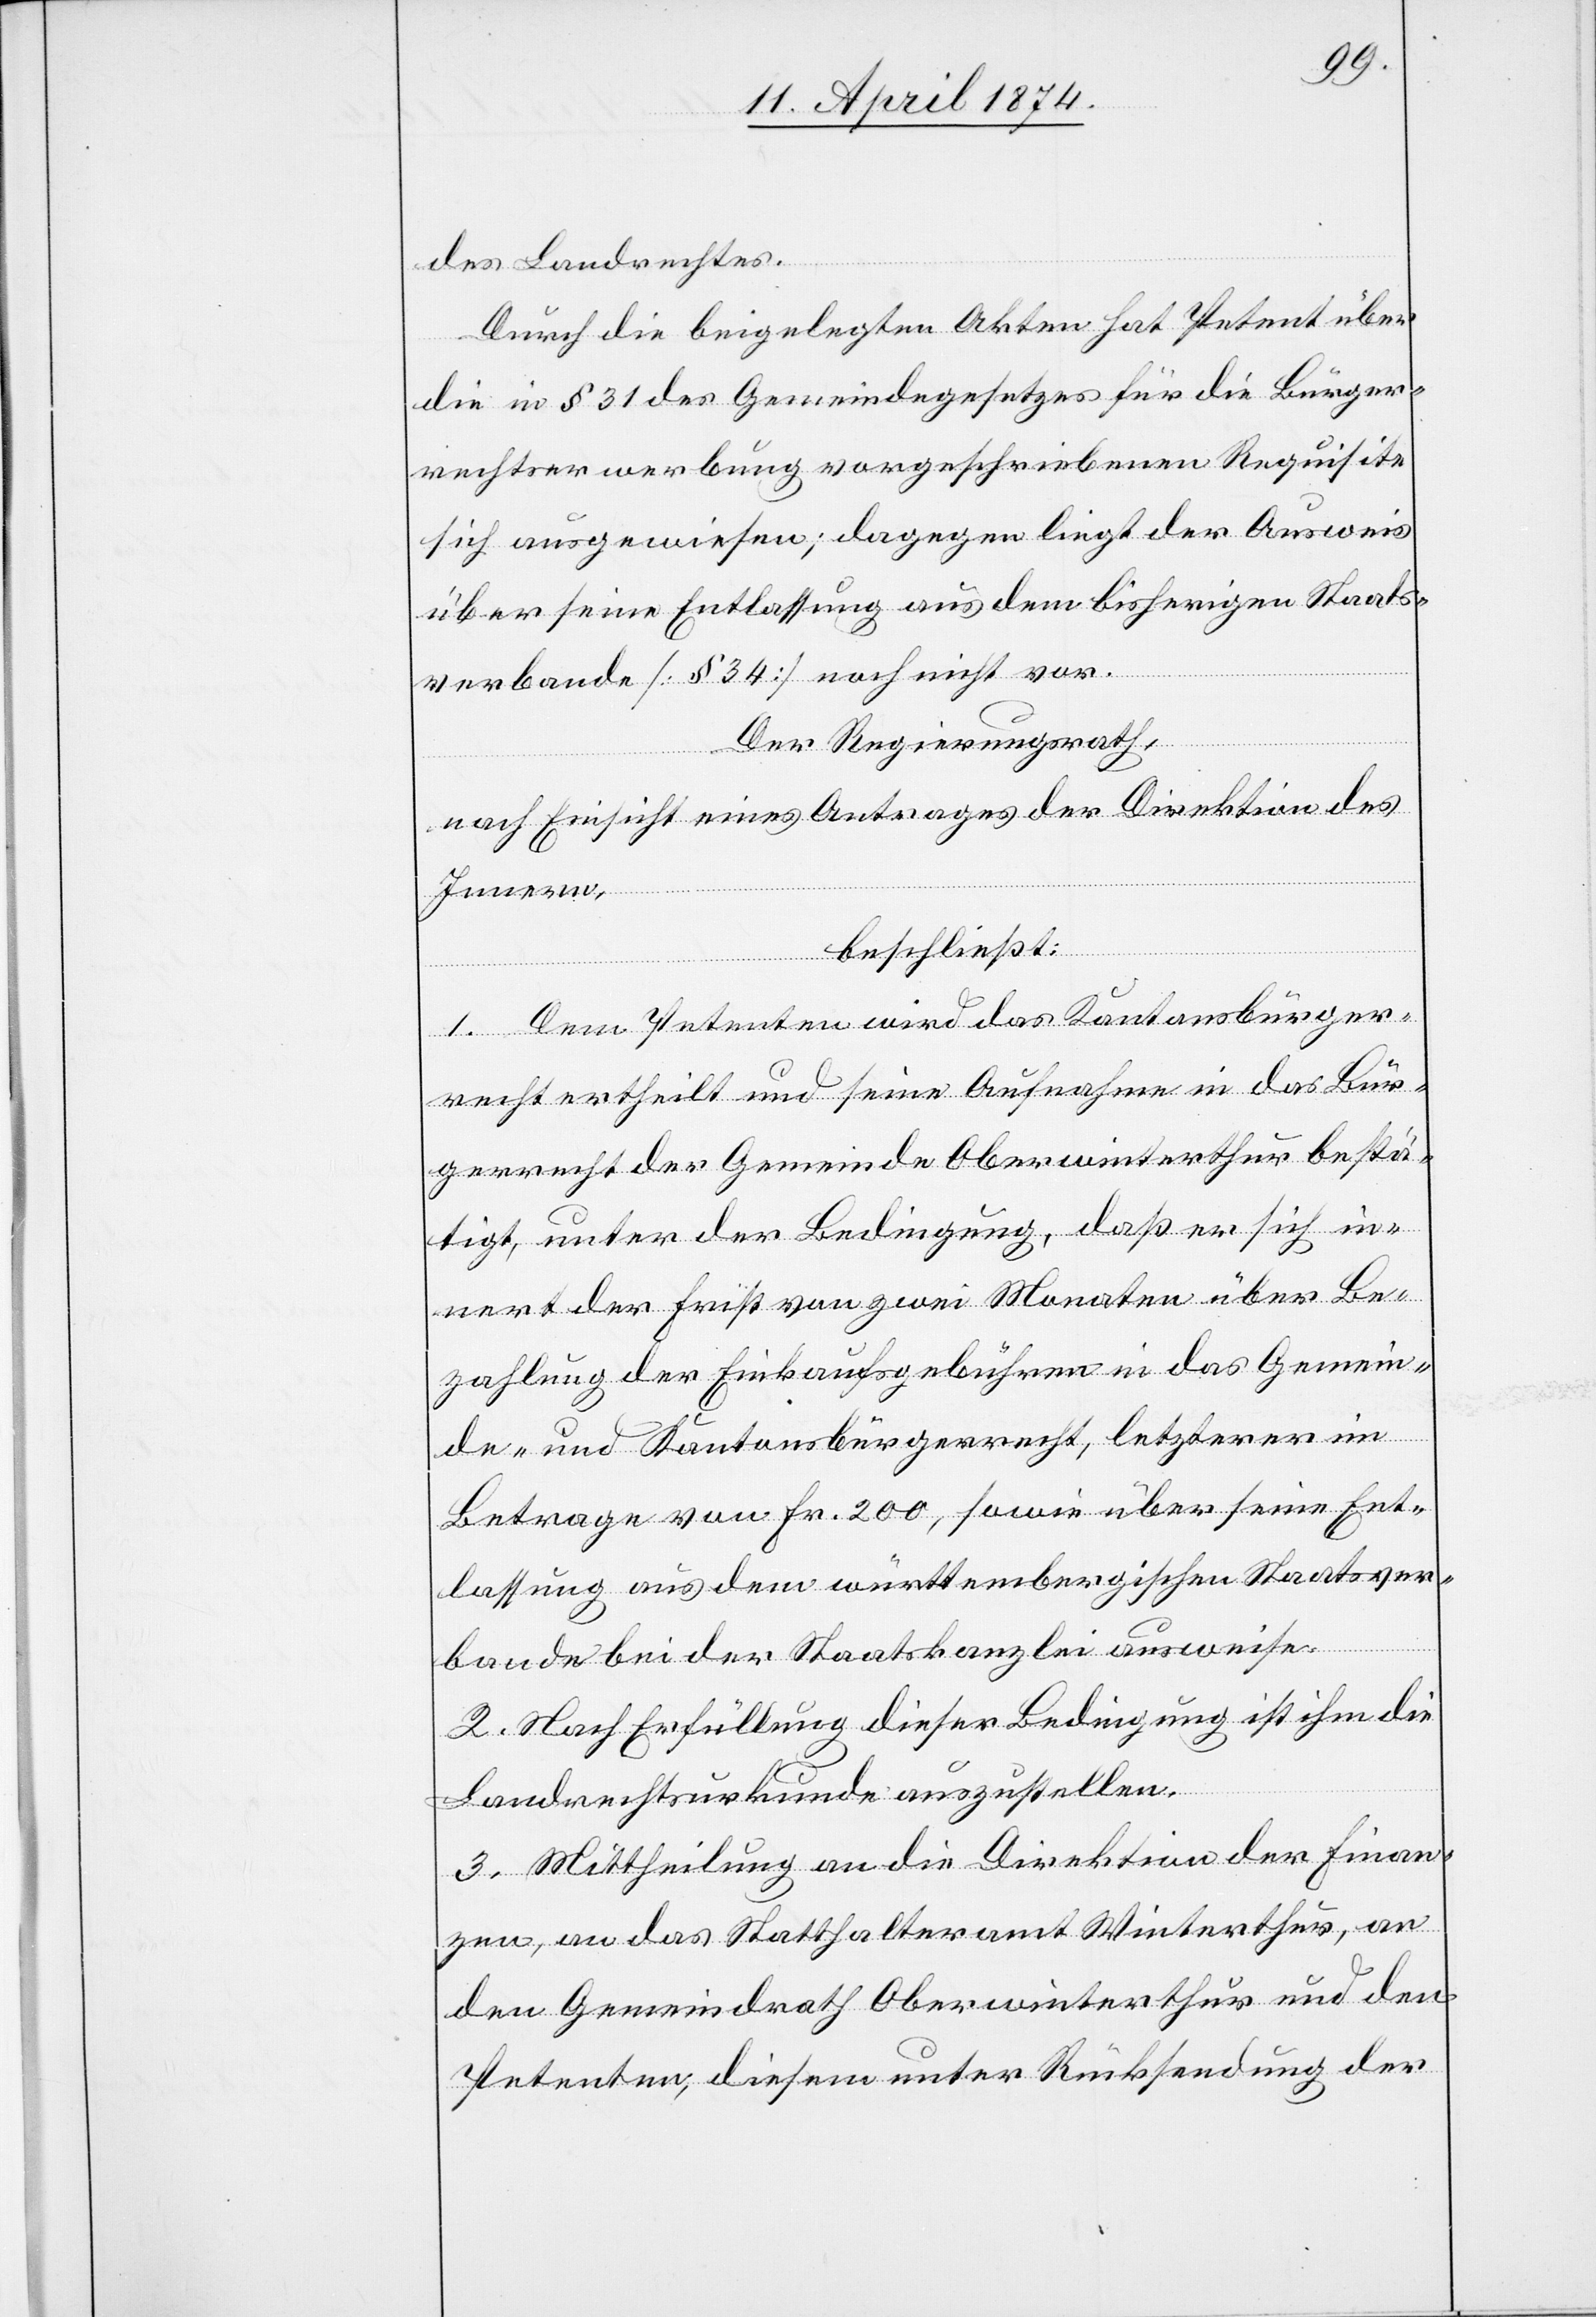
des Landrechtes.
Durch die beigelegten Akten hat Petent über
die in § 31 des Gemeindegesetzes für die Bürger¬
rechtserwerbung vorgeschriebenen Requisiten
sich ausgewiesen; dagegen liegt der Ausweis
über seine Entlassung aus dem bisherigen Staats¬
verbande [§ 34] noch nicht vor.
Der Regierungsrath,
nach Einsicht eines Antrages der Direktion des
Innern,
beschließt:
1. Dem Petenten wird das Kantonsbürger¬
recht ertheilt und seine Aufnahme in das Bür¬
gerrecht der Gemeinde Oberwinterthur bestä¬
tigt, unter der Bedingung, daß er sich in¬
nert der Frist von zwei Monaten über Be¬
zahlung der Einkaufsgebühren in das Gemein¬
de- und Kantonsbürgerrecht, letzterer im
Betrage von Fr. 200, sowie über seine Ent¬
lassung aus dem württembergischen Staatsver¬
bande bei der Staatskanzlei ausweise.
2. Mittheilung an die Direktion der Finan¬
zen, an das Statthalteramt Winterthur, an
den Gemeindrath Oberwinterthur und den
Petenten, diesem unter Rücksendung der